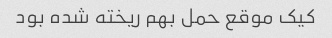
کیک موقع حمل بهم ریخته شده بود